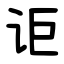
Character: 讵